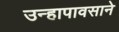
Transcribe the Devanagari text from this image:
उन्हापावसाने